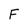
Character: F